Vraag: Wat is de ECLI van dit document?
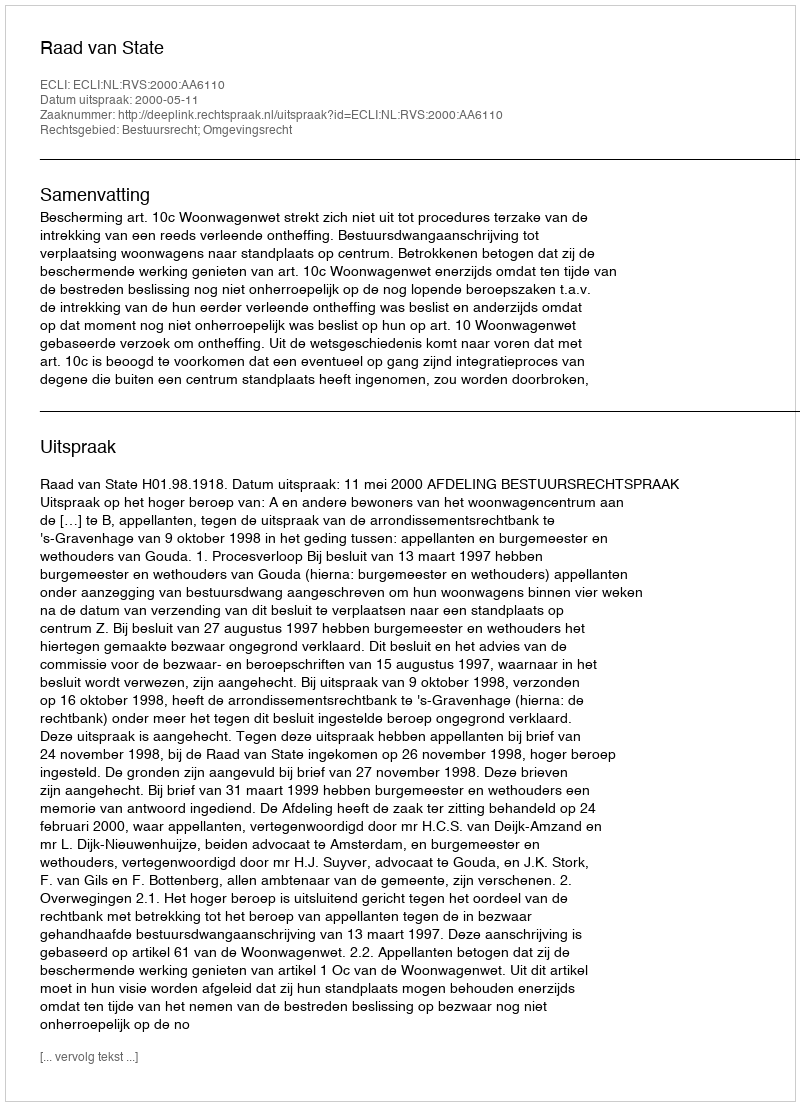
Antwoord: ECLI:NL:RVS:2000:AA6110